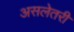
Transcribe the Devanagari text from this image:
असलेतरी